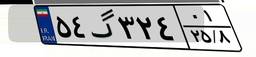
۵۴گ۳۲۴۰۱